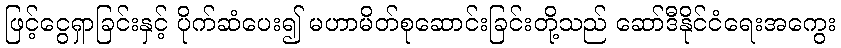
ဖြင့်ငွေရှာခြင်းနှင့် ပိုက်ဆံပေး၍ မဟာမိတ်စုဆောင်းခြင်းတို့သည် ဆော်ဒီနိုင်ငံရေးအကွေး